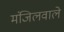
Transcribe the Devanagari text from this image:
मंजिलवाले